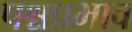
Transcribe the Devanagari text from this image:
पश्चप्रभाव